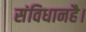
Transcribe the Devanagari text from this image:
संविधानहै।